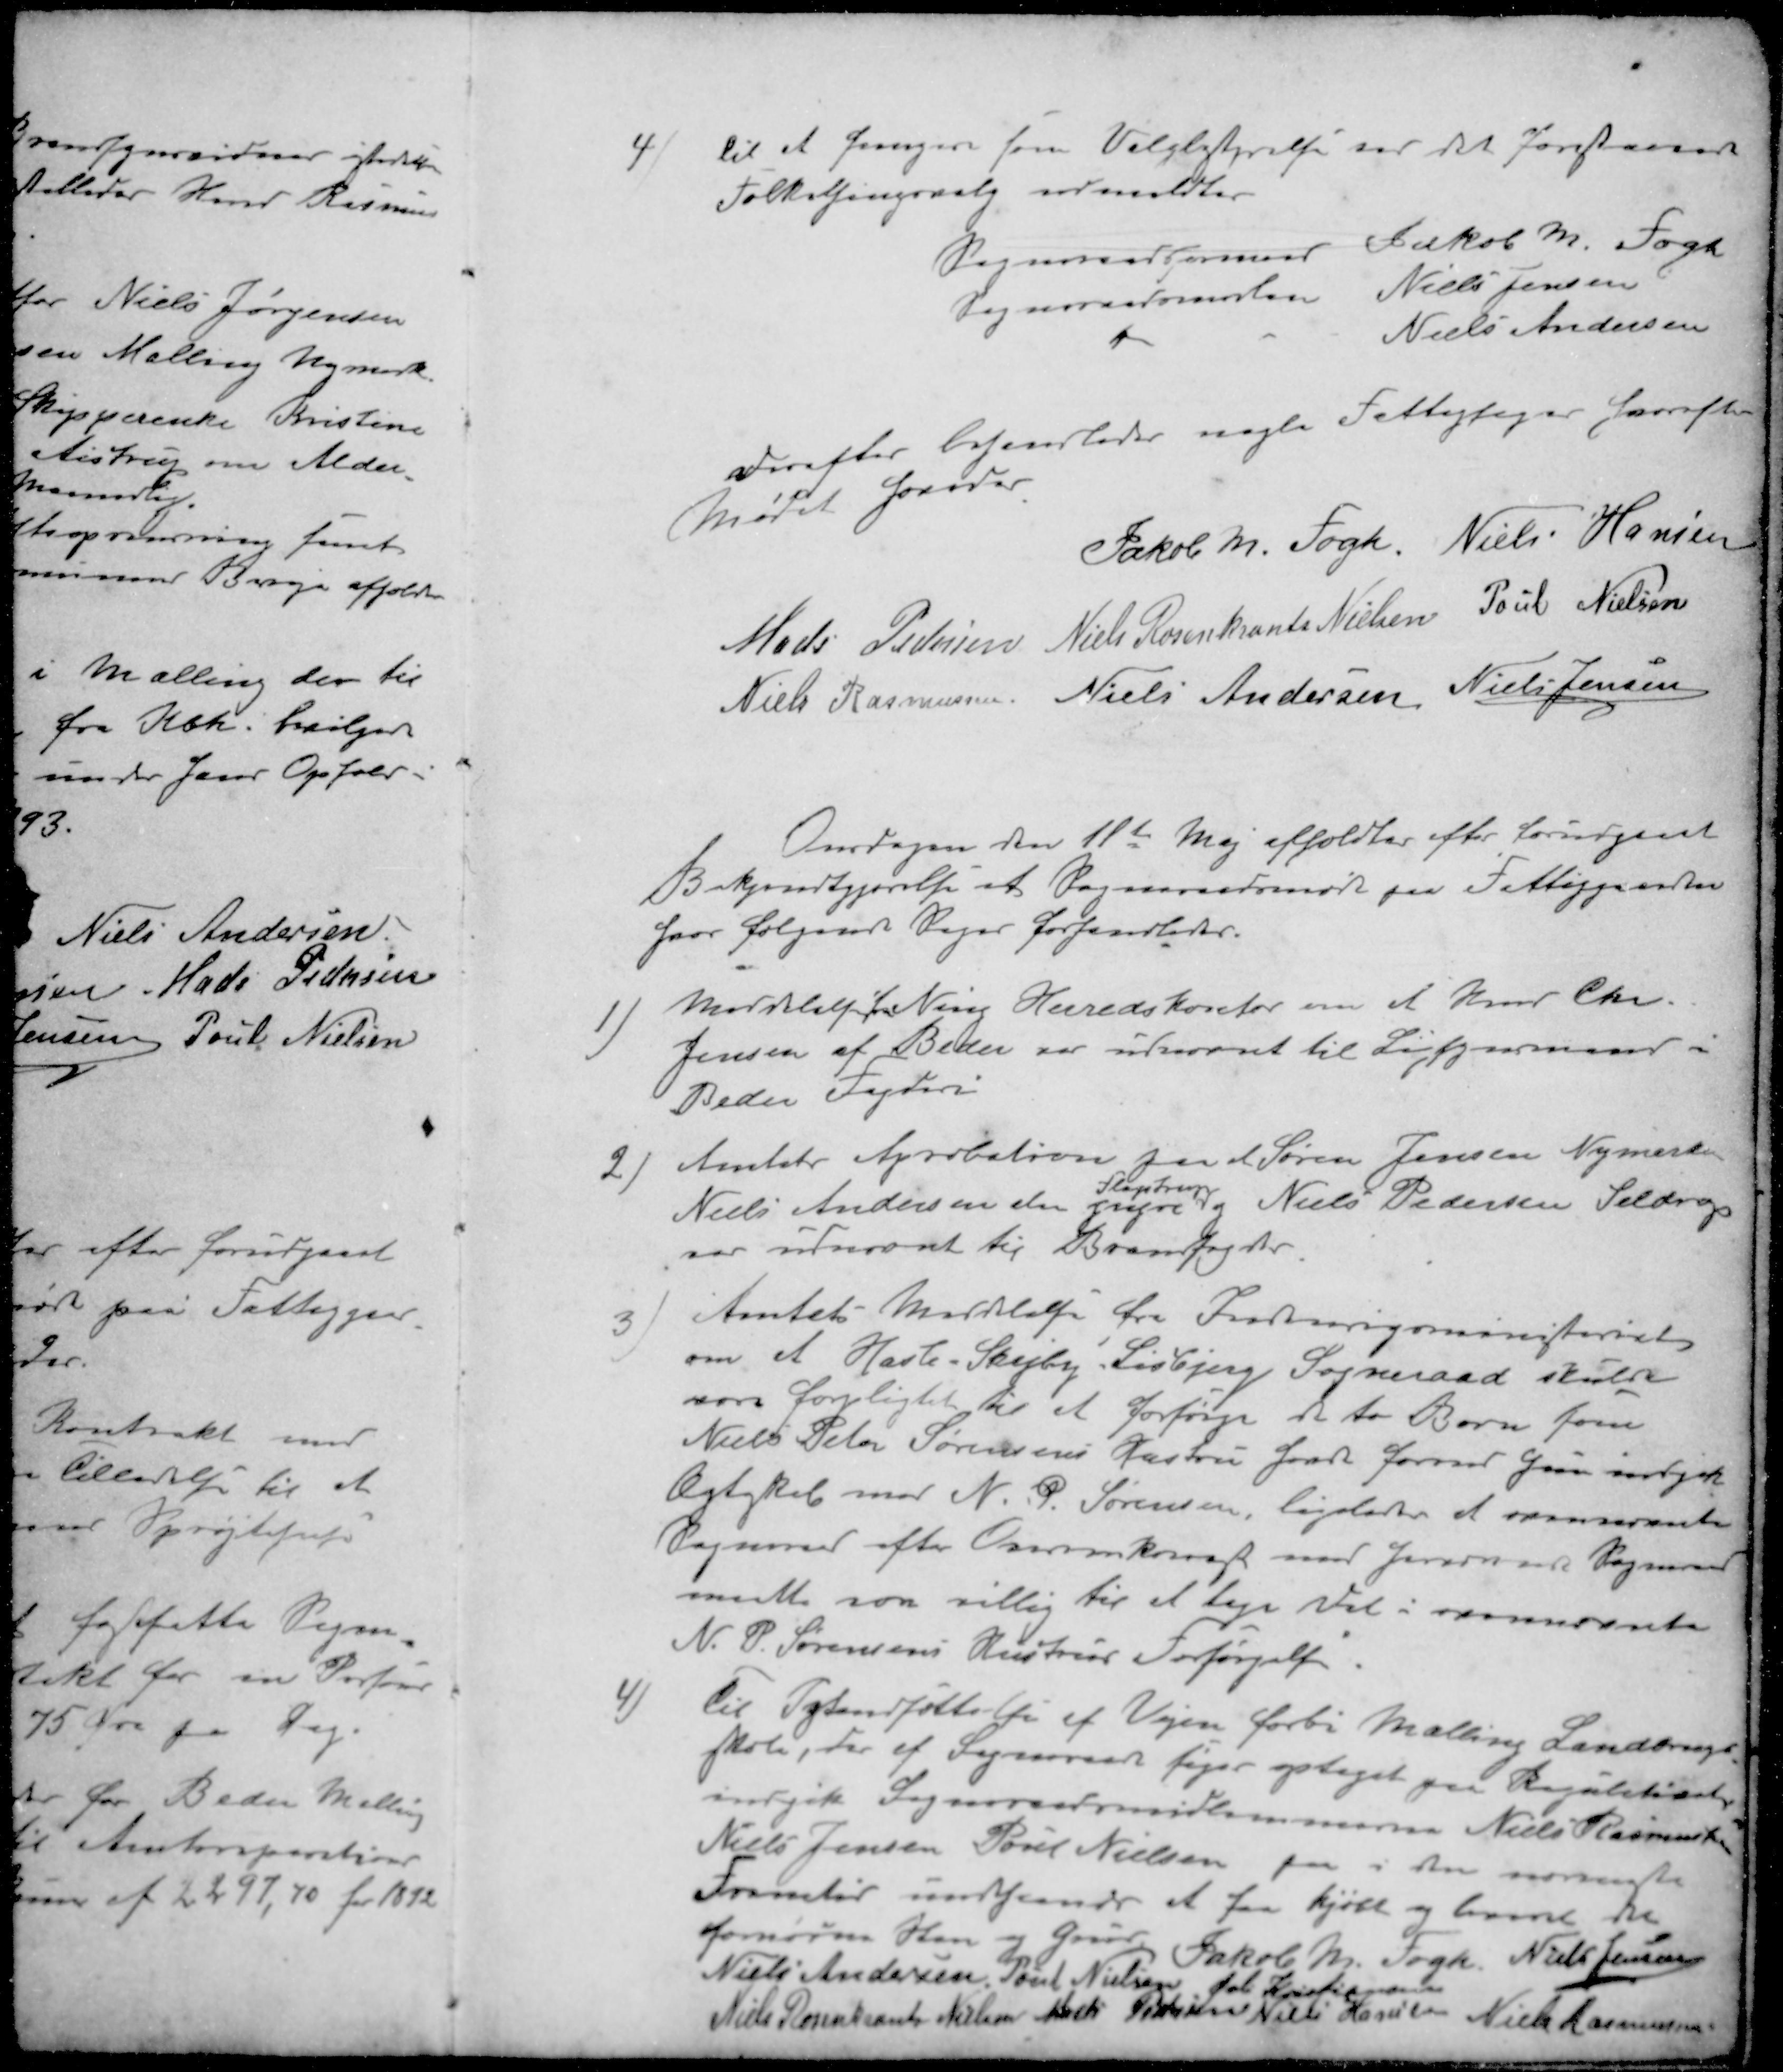
Transskription:
4 )til et fungere som Valgbestyrelse for det forestaaende
Folketingsvalg udmeldtes
Sogneraadsormand Jakob M. Fogh
Sogneraadsmedlem Niels Jensen
" Niels Andersen
derefter behandledes nogle Fattigsager hvorefter
Mødet hævedes
Jakob M. Fogh
Niels Hansen
Mads Pedersen
Niels Rosenkrants Nielsen
Poul Nielsen
Niels Rasmussen
Niels Andersen
Niels Jensen
Onsdagen den 11te Maj afholdtes efter forudgaat
Bekjendtgjørelse et Sogneraadsmøde paa Fattiggaarden
hvor følgende Sager forhandledes.
1 ) Meddelelse f. Ning Herredskontor om at Hmd Chr.
Jensen af Beder var udnævnt til Ligsynsmand -
Beder Fogderi
2) Amtets Aprobation paa at Søren Jensen Nymark
Fløjstrup
Niels Andersen den yngre og Niels Pedersen Seldrup
var udnævnt til Brandfogder.
3) Amtets Meddelelse fra Indenrigsministeriet
om et Hasle-Skejby Lisbjerg Sogneraad skulde
være forpligtet til et forsørge de to Børn som
Niels Peter Sørensens Hustru sidste foraar Søn indgik
Ægtskab med N. P. Sørensen, ligeledes at ovennævnte
Sogneraad efter Overenskomst med herværende Sogneraad
maatte saa villig til et tage Del i ovennævnte
N. P. Sørensens Hustrus Forsørgelse
4 ) til Istandsættelse for af Vejen forbi Malling Landbrugs
skole, der af Sogneraad søges optaget paaRegulativet
indgik Sogneraadsmedlemmerne Niels Rasmussen
Niels Jensen Poul Nielsen saa i den nærmeste
Fremtid  at faa kjøbt og  de
fornødne Sten og Grus Jakob Kr. Tegn Niels Jensen
Jakob M Fogh
Niels Jensen
Niels Andersen
Poul Nielsen
Øvli Kristiansen
Niels Rosenkrants Nielsen
Niels Pedersen
Niels Hansen
Niels Rasmussen